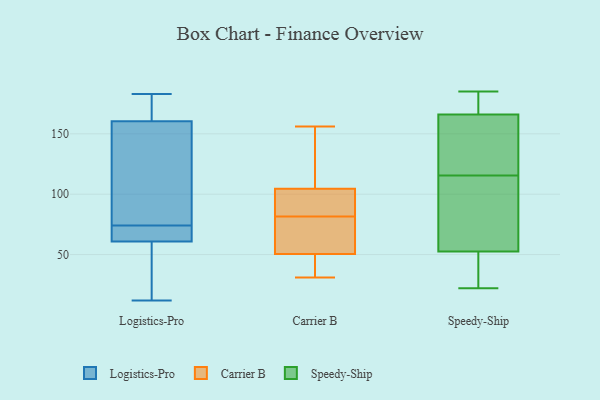
{"axis": {"x": "Temperature (°C)", "y": "Value"}, "legend": ["Carrier B", "Logistics-Pro", "Speedy-Ship"], "data": [{"x": "", "y": 71, "type": "Logistics-Pro"}, {"x": "", "y": 172, "type": "Logistics-Pro"}, {"x": "", "y": 12, "type": "Logistics-Pro"}, {"x": "", "y": 84, "type": "Logistics-Pro"}, {"x": "", "y": 74, "type": "Logistics-Pro"}, {"x": "", "y": 60, "type": "Logistics-Pro"}, {"x": "", "y": 165, "type": "Logistics-Pro"}, {"x": "", "y": 68, "type": "Logistics-Pro"}, {"x": "", "y": 34, "type": "Logistics-Pro"}, {"x": "", "y": 147, "type": "Logistics-Pro"}, {"x": "", "y": 19, "type": "Logistics-Pro"}, {"x": "", "y": 63, "type": "Logistics-Pro"}, {"x": "", "y": 178, "type": "Logistics-Pro"}, {"x": "", "y": 183, "type": "Logistics-Pro"}, {"x": "", "y": 123, "type": "Logistics-Pro"}, {"x": "", "y": 142, "type": "Carrier B"}, {"x": "", "y": 97, "type": "Carrier B"}, {"x": "", "y": 83, "type": "Carrier B"}, {"x": "", "y": 33, "type": "Carrier B"}, {"x": "", "y": 32, "type": "Carrier B"}, {"x": "", "y": 68, "type": "Carrier B"}, {"x": "", "y": 78, "type": "Carrier B"}, {"x": "", "y": 112, "type": "Carrier B"}, {"x": "", "y": 86, "type": "Carrier B"}, {"x": "", "y": 80, "type": "Carrier B"}, {"x": "", "y": 31, "type": "Carrier B"}, {"x": "", "y": 156, "type": "Carrier B"}, {"x": "", "y": 24, "type": "Speedy-Ship"}, {"x": "", "y": 143, "type": "Speedy-Ship"}, {"x": "", "y": 182, "type": "Speedy-Ship"}, {"x": "", "y": 22, "type": "Speedy-Ship"}, {"x": "", "y": 89, "type": "Speedy-Ship"}, {"x": "", "y": 185, "type": "Speedy-Ship"}, {"x": "", "y": 154, "type": "Speedy-Ship"}, {"x": "", "y": 49, "type": "Speedy-Ship"}, {"x": "", "y": 142, "type": "Speedy-Ship"}, {"x": "", "y": 56, "type": "Speedy-Ship"}, {"x": "", "y": 178, "type": "Speedy-Ship"}, {"x": "", "y": 69, "type": "Speedy-Ship"}]}